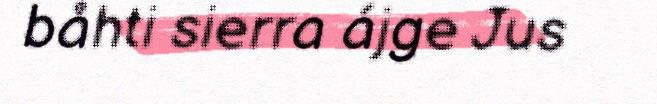
båhti sierra ájge Jus